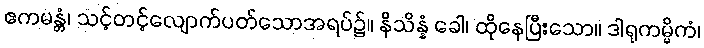
ဧကမန္တံ၊ သင့်တင့်လျောက်ပတ်သောအရပ်၌။ နိသိန္နံ ခေါ၊ ထိုနေပြီးသော။ ဒါရုကမ္မိကံ၊